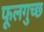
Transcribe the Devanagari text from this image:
फूलगुच्छ